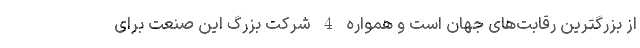
از بزرگترین رقابت‌های جهان است و همواره 4 شرکت بزرگ این صنعت برای